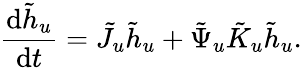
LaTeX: \frac{\mathop{}\! \mathrm{d}\tilde{h}_{u}}{\mathop{}\! \mathrm{d}t}=\tilde{J}_{u}\tilde{h}_{u}+\tilde{\Psi}_{u}\tilde{K}_{u}\tilde{h}_{u}.